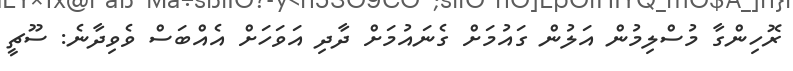
ރޮހިންގާ މުސްލިމުން އަލުން ގައުމަށް ގެނައުމަށް ދާދި އަވަހަށް އެއްބަސް ވެވިދާނެ: ސޫޗީ